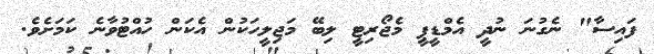
ފައިސާ" ނެގުނަ ނުދީ އެމްޑީޕީ މެޖޯރިޓީ ލިބޭ މަޖިލީހަކުން އެކަން ހުއްޓުވާނެ ކަމަށެވެ.